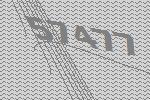
57477